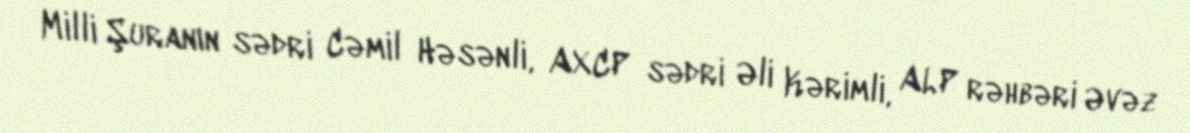
Milli Şuranın sədri Cəmil Həsənli, AXCP sədri Əli Kərimli, ALP rəhbəri Əvəz